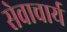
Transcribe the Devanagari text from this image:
सेवाचार्य